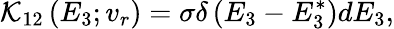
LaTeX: \mathcal{K}_{12}\left(E_{3};v_{r}\right)=\sigma\delta\left(E_{3}-E_{3}^{*}\right)dE_{3},